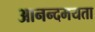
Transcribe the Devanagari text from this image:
आनन्दमयता